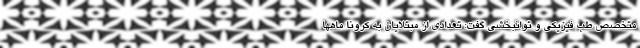
متخصص طب فیزیکی و توانبخشی گفت: تعدادی از مبتلایان به کرونا ماهها